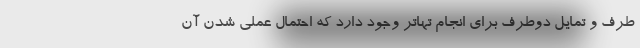
طرف و تمایل دوطرف برای انجام تهاتر وجود دارد که احتمال عملی شدن آن